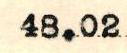
48.02